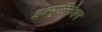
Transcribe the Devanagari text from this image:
इल्युमिनेशन